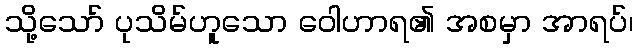
သို့သော် ပုသိမ်ဟူသော ဝေါဟာရ၏ အစမှာ အာရပ်၊